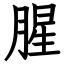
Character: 腥